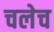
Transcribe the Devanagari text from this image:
चलेच